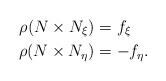
LaTeX: \begin{align*} \rho(N\times N_{\xi})&=f_{\xi}\\ \rho(N\times N_{\eta})&=-f_{\eta}. \end{align*}